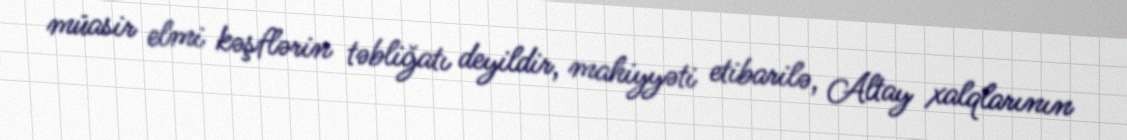
müasir elmi kəşflərin təbliğatı deyildir, mahiyyəti etibarilə, Altay xalqlarının